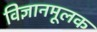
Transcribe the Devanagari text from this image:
विज्ञानमूलक